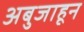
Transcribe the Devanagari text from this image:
अबुजाहून